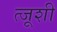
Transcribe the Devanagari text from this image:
त्जूशी